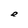
Character: e